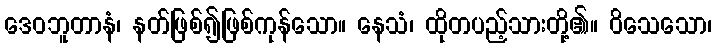
ဒေဝဘူတာနံ၊ နတ်ဖြစ်၍ဖြစ်ကုန်သော။ နေသံ၊ ထိုတပည့်သားတို့၏။ ဝိသေသော၊